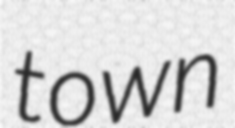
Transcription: town